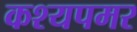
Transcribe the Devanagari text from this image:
कश्यपमर